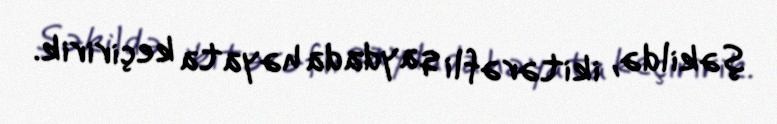
şəkildə, ikitərəfli qaydada həyata keçiririk.